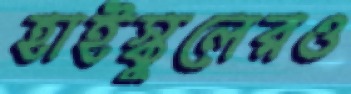
হাইস্কুলেরও